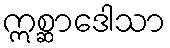
ဣစ္ဆာဒေါသာ